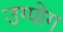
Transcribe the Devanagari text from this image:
उग्योग